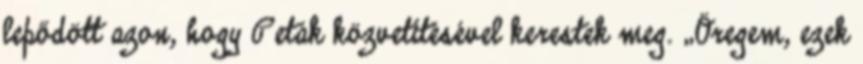
lepődött a­zon, hogy Peták közvetítésével kerestek meg. „Öregem, ezek